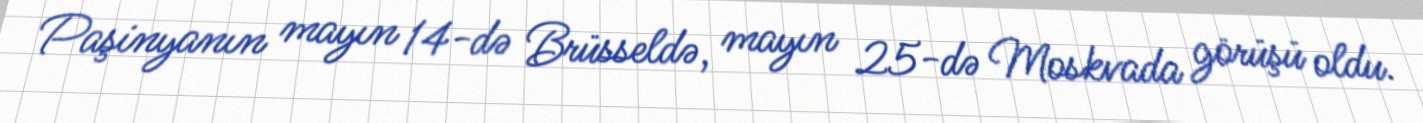
Paşinyanın mayın 14-də Brüsseldə, mayın 25-də Moskvada görüşü oldu.